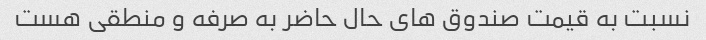
نسبت به قیمت صندوق های حال حاضر به صرفه و منطقی هست